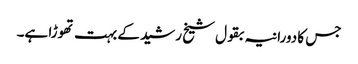
جس کا دورانیہ بقول شیخ رشید کے بہت تھوڑا ہے۔